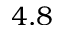
4 . 8